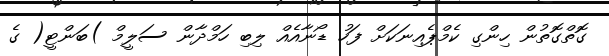
ގޮތްގޮތުން ހިންގި ކެމްޕެއިނަކަށް ފަހު ޑޯނާއެއް ލިބި ހަމްދާން ސަލީމް )ބަންޓީ( ގެ